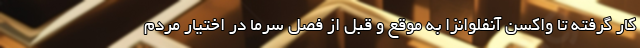
کار گرفته تا واکسن آنفلوانزا به موقع و قبل از فصل سرما در اختیار مردم